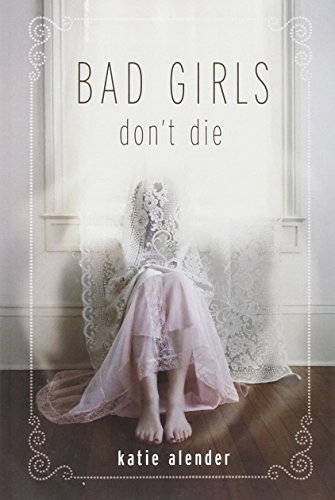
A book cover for Bad Girls Don't Die; Katie Alender; Teen & Young Adult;